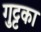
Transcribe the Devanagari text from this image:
गुट्टका